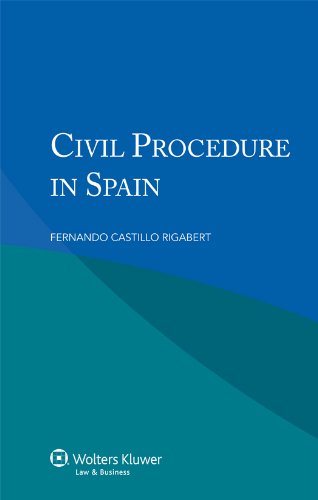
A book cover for Civil Procedure in Spain; Fernando Castillo Rigabert; Law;